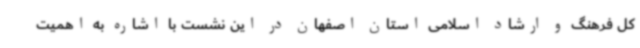
کل فرهنگ و ارشاد اسلامی استان اصفهان در این نشست با اشاره به اهمیت